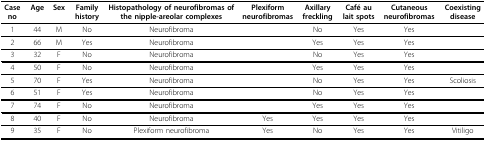
| Case no | Age | Sex | Family history | Histopathology of neurofibromas of the nipple-areolar complexes | Plexiform neurofibromas | Axillary freckling | Café au lait spots | Cutaneous neurofibromas | Coexisting disease |
 | --- | --- | --- | --- | --- | --- | --- | --- | --- | --- |
 | 1 | 44 | M | No | Neurofibroma |  | No | Yes | Yes |  |
 | 2 | 66 | M | Yes | Neurofibroma |  | Yes | Yes | Yes |  |
 | 3 | 32 | F | No | Neurofibroma |  | No | Yes | Yes |  |
 | 4 | 50 | F | No | Neurofibroma |  | Yes | Yes | Yes |  |
 | 5 | 70 | F | Yes | Neurofibroma |  | No | Yes | Yes | Scoliosis |
 | 6 | 51 | F | Yes | Neurofibroma |  | No | Yes | Yes |  |
 | 7 | 74 | F | No | Neurofibroma |  | Yes | Yes | Yes |  |
 | 8 | 40 | F | No | Neurofibroma | Yes | Yes | Yes | Yes |  |
 | 9 | 35 | F | No | Plexiform neurofibroma | Yes | No | Yes | Yes | Vitiligo |